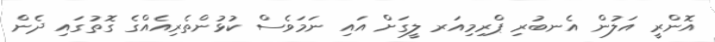
އޮންރީ އަލުން އެނބުރި ޕްރިމިއަރ ލީގަށް އައި ނަމަވެސް ކުޅުންތެރިއެއްގެ ގޮތުގައި ދެން